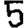
Digit: 5